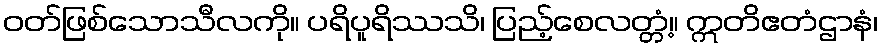
ဝတ်ဖြစ်သောသီလကို။ ပရိပူရိဿသိ၊ ပြည့်စေလတ္တံ့။ ဣတိဧတံဌာနံ၊